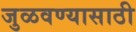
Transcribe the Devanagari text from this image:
जुळवण्यासाठी